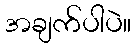
အချက်ပါပဲ။